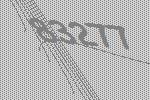
83277